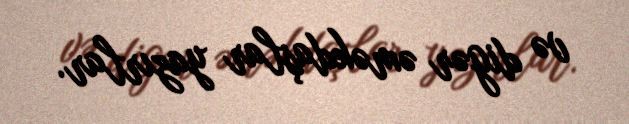
və digər əməkdaşlar yazırlar.